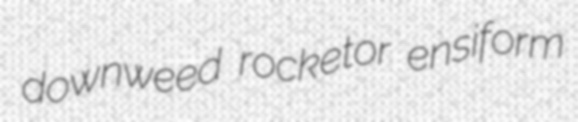
downweed rocketor ensiform